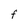
Character: F